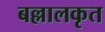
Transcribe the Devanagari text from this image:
बल्लालकृत